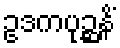
ဥဒကပုဉ္ဆနိံ